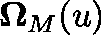
\mathbf { \Omega } _ { M } ( \mathfrak { u } )